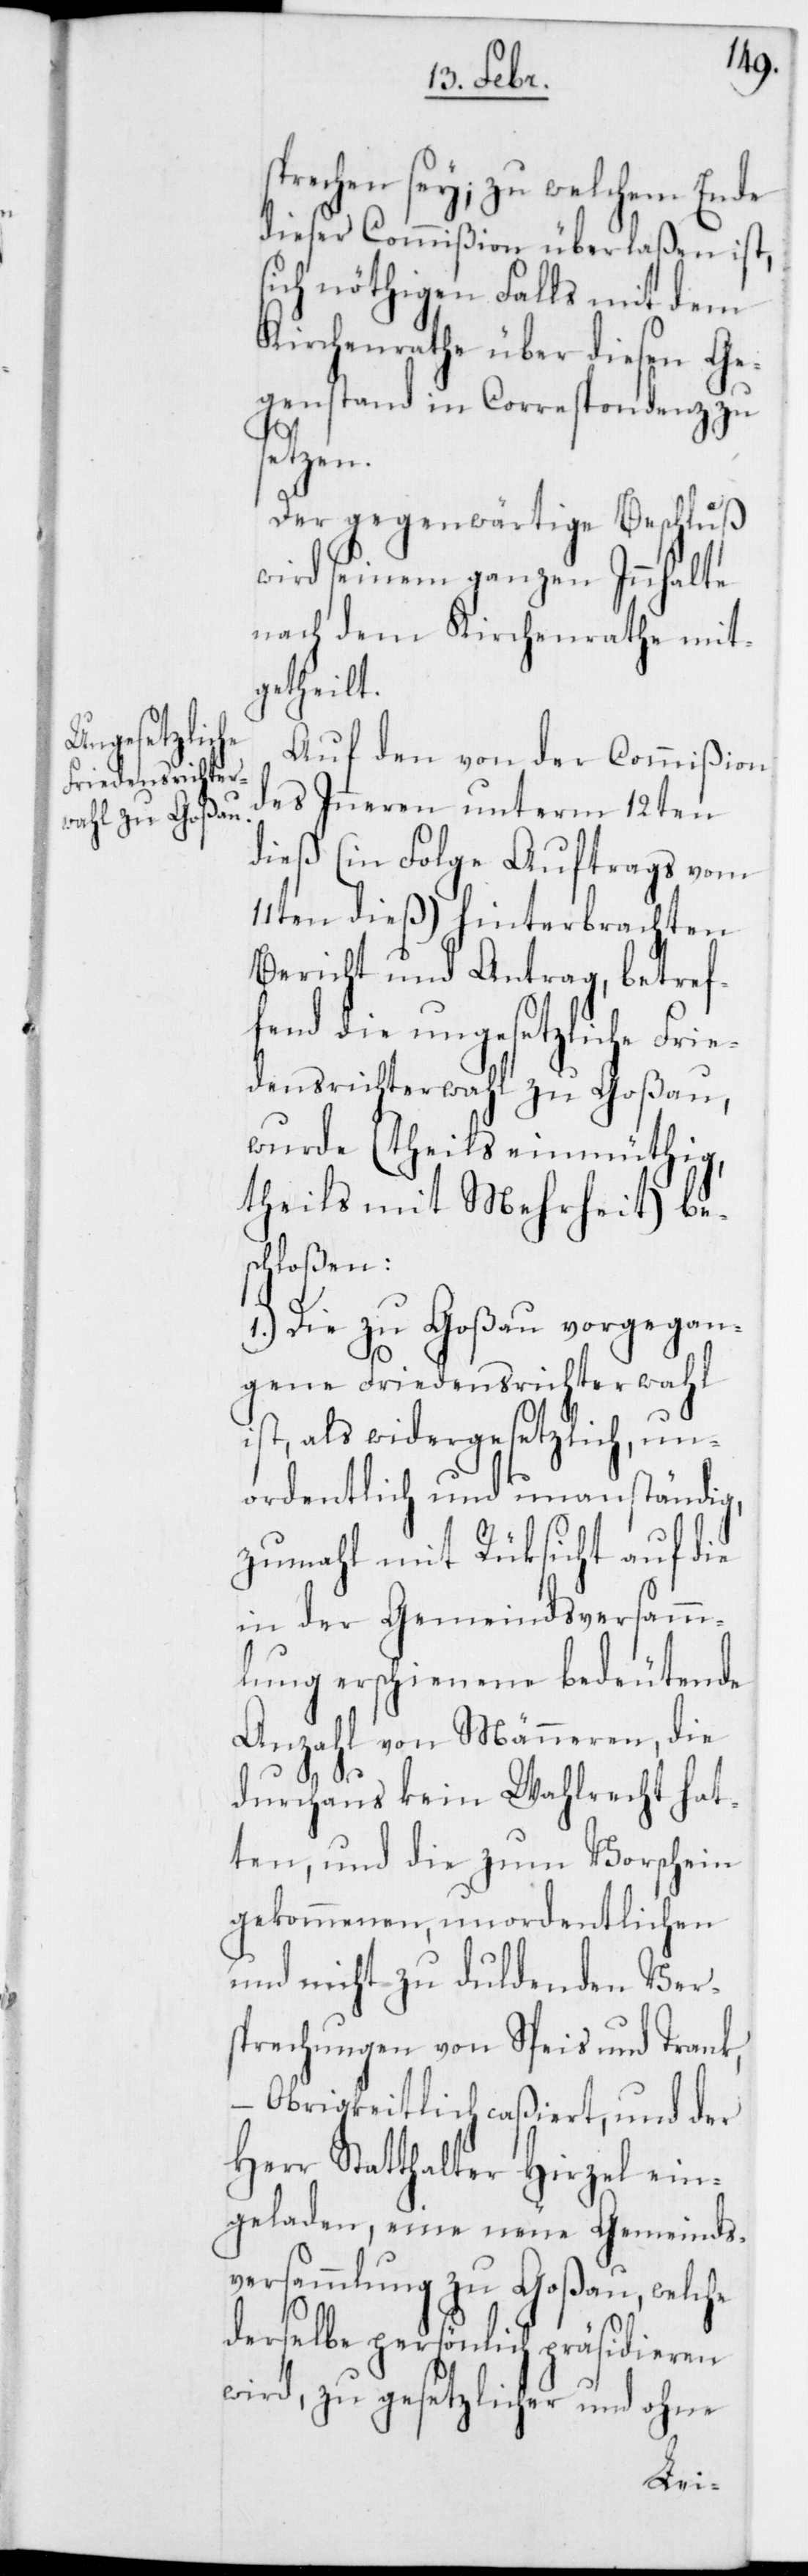
sprechen sey, zu welchem Ende
dieser Commißion überlaßen ist,
sich nöthigen Falls mit dem
Kirchenrathe über diesen Ge¬
genstand in Correspondenz zu
setzen.
Der gegenwärtige Beschluß
wird seinem ganzen Innhalte
nach dem Kirchenrathe mit¬
getheilt.
Auf den von der Commißion
des Inneren unterm 12ten
dieß (in Folge Auftrags vom
11ten dieß) hinterbrachten
Bericht und Antrag, betref¬
fend die ungesetzliche Frie¬
densrichterwahl zu Goßau,
wurde (theils einmüthig,
theils mit Mehrheit) be¬
schloßen:
1.) Die zu Goßau vorgegan¬
gene Friedensrichterwahl
st, als widergesetzlich, un¬
ordentlich und unanständig,
zumahl mit Rüksicht auf die
in der Gemeindsversamm¬
lung erschienene bedeutende
Anzahl von Männeren, die
durchaus kein Wahlrecht hat¬
ten, und die zum Vorschein
gekommenen, unordentlichen
und nicht zu duldenden Ver¬
sprechungen von Speis und Trank,
– Obrigkeitlich caßiert, und der
Herr Statthalter Hirzel ein¬
geladen, eine neue Gemeinds¬
versammlung zu Goßau, welche
derselbe persönlich präsidieren
wird, zu gesetzlicher und ohne
i¬